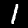
Label: 1